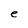
Character: e